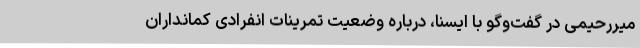
میررحیمی در گفت‌وگو با ایسنا، درباره وضعیت تمرینات انفرادی کمانداران